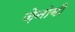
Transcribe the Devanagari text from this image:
ज़ेनोबी